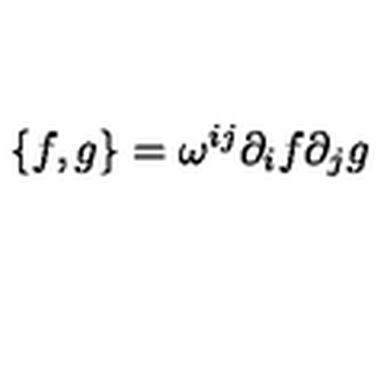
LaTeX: \{ f , g \} = \omega ^ { i j } \partial _ { i } f \partial _ { j } g